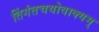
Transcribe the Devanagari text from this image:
तिंगंतचयोवाक्यम्